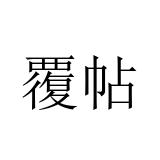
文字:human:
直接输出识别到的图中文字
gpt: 覆帖